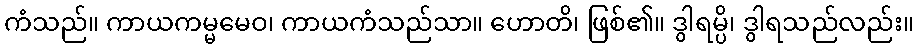
ကံသည်။ ကာယကမ္မမေဝ၊ ကာယကံသည်သာ။ ဟောတိ၊ ဖြစ်၏။ ဒွါရမ္ပိ၊ ဒွါရသည်လည်း။